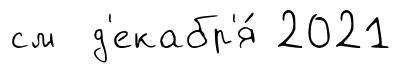
см д'екабр'я́ 2021